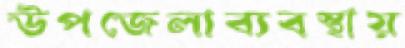
উপজেলাব্যবস্থায়